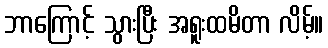
ဘာကြောင့် သွားပြီး အရူးထမိတာ လိမ့်။